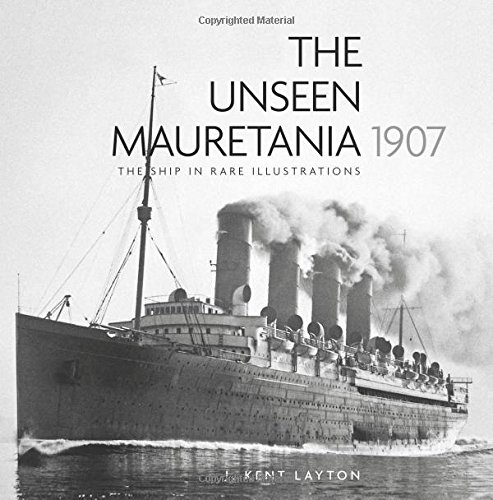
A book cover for The Unseen Mauretania (1907): The Ship in Rare Illustrations; J. Kent Layton; Engineering & Transportation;